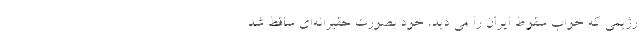
رژیمی که خواب سقوط ایران را می دید، خود بصورت حقیرانه‌ای ساقط شد